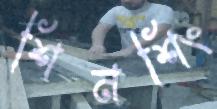
শিনশিং